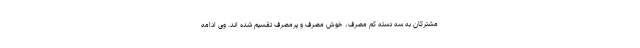
مشترکان به سه دسته کم مصرف، خوش مصرف و پرمصرف تقسیم شده اند. وی ادامه